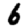
Digit: 6